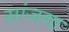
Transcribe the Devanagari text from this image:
सांजना